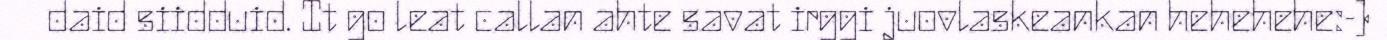
daid siidduid. It go leat callan ahte savat irggi juovlaskeankan hehehehe:-)